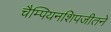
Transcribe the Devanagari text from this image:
चैम्पियनशिपजीतने